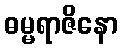
ဓမ္မရာဇိနော